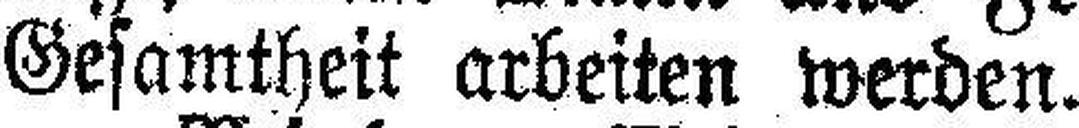
Gesamtheit arbeiten werden.